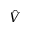
\hat { V }